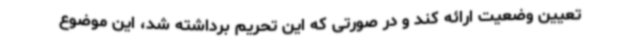
تعیین وضعیت ارائه کند و در صورتی که این تحریم برداشته شد، این موضوع